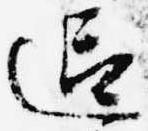
迎